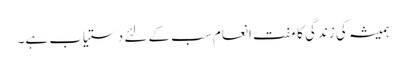
ہمیشہ کی زندگی کا مفت انعام سب کے لئے دستیاب ہے۔